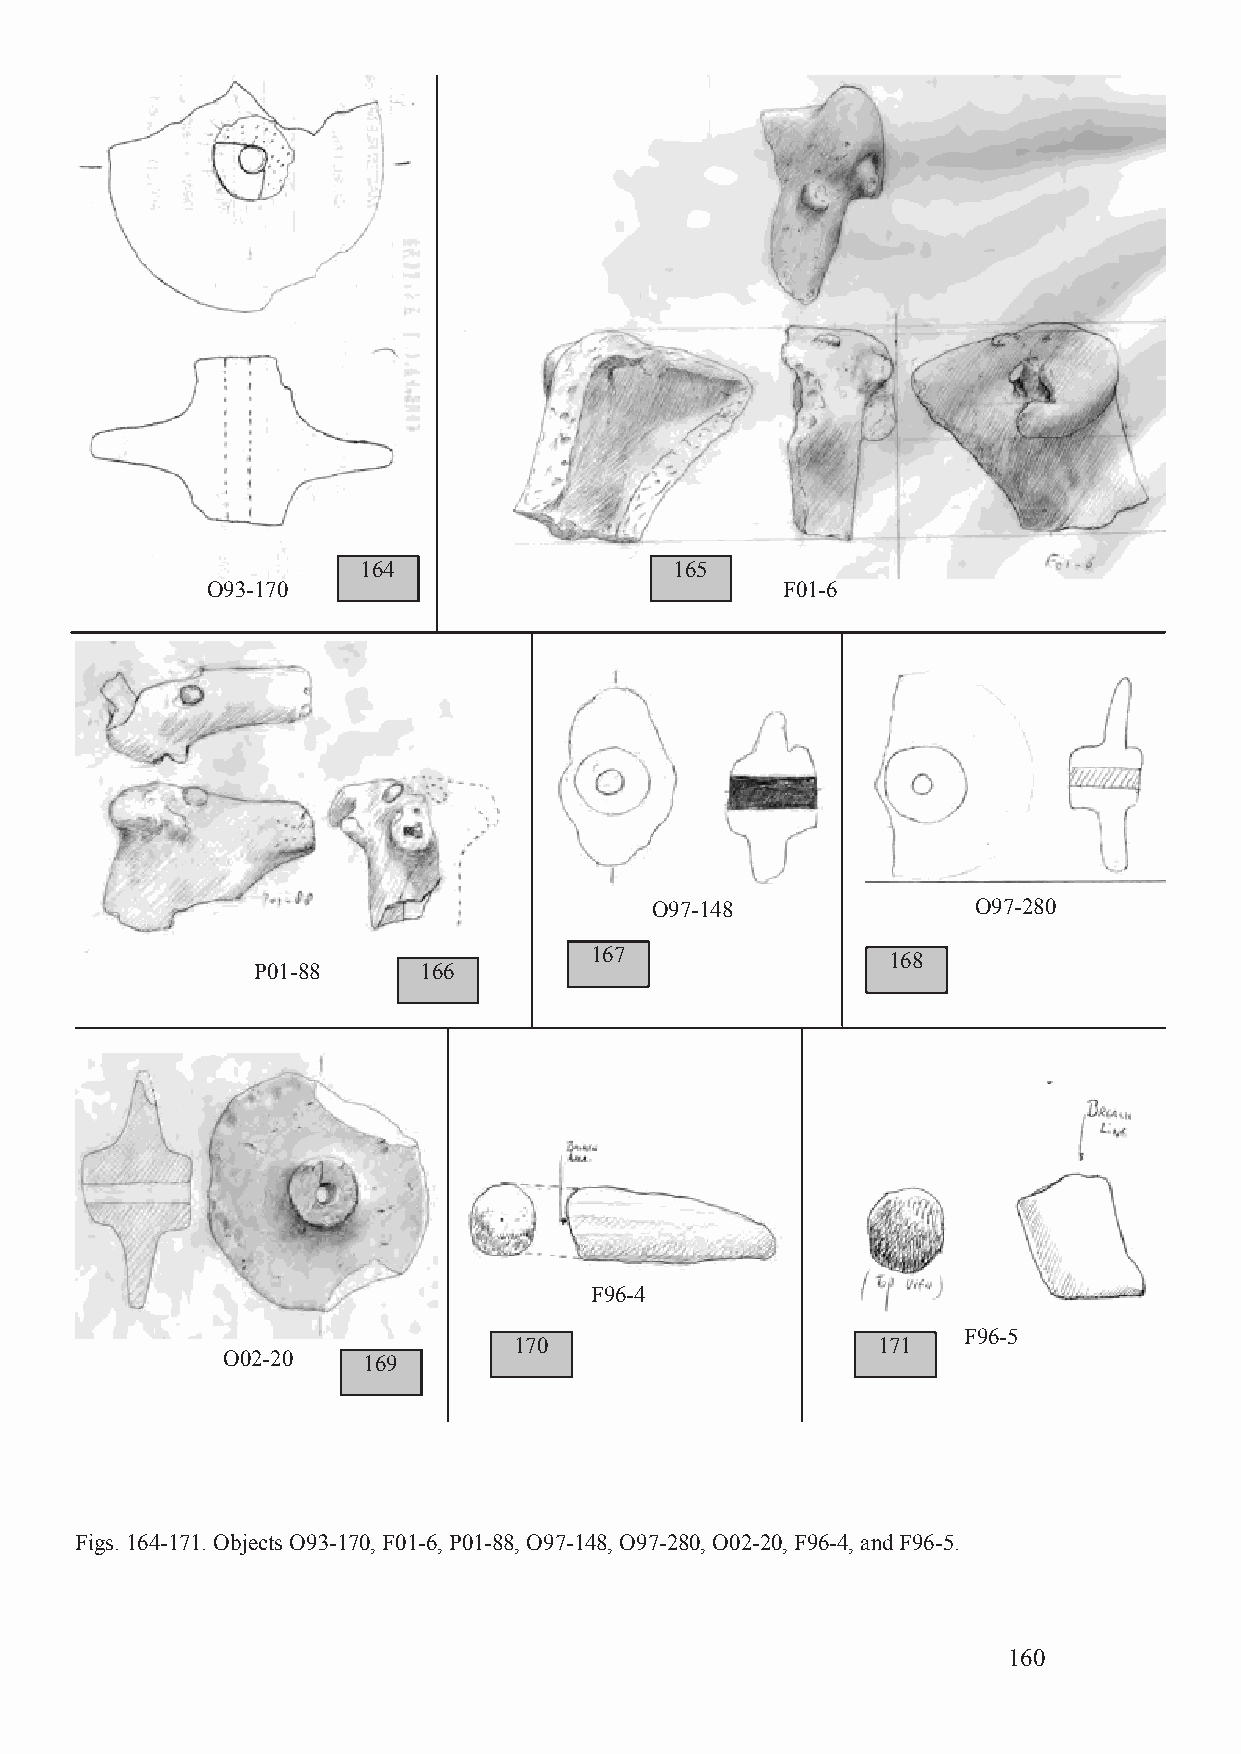
164                  165
 O93-170                               F01-6
 O97-148              O97-280
 167                 168
 P01-88     166
 F96-4
 F96-5
 170                     171
 O02-20   169
 Figs. 164-171. Objects O93-170, F01-6, P01-88, O97-148, O97-280, O02-20, F96-4, and F96-5.
 160